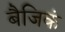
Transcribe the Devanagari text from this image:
बैजिकं